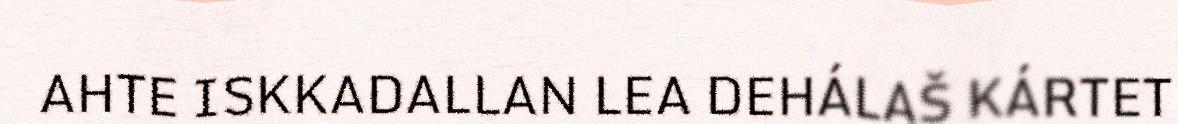
AHTE ISKKADALLAN LEA DEHÁLAŠ KÁRTET